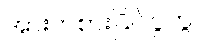
အားကစားပြိုင်ပွဲတွင်